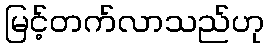
မြင့်တက်လာသည်ဟု